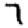
Digit: 7